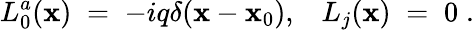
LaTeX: L_{0}^{a}(\mathbf{x})\; =\; -iq\delta({\mathbf{\mathbf{x}}}-{\mathbf{\mathbf{x}}}_{0}),\; \; \; L_{j}(\mathbf{x})\; =\; 0\; .